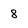
Character: 8